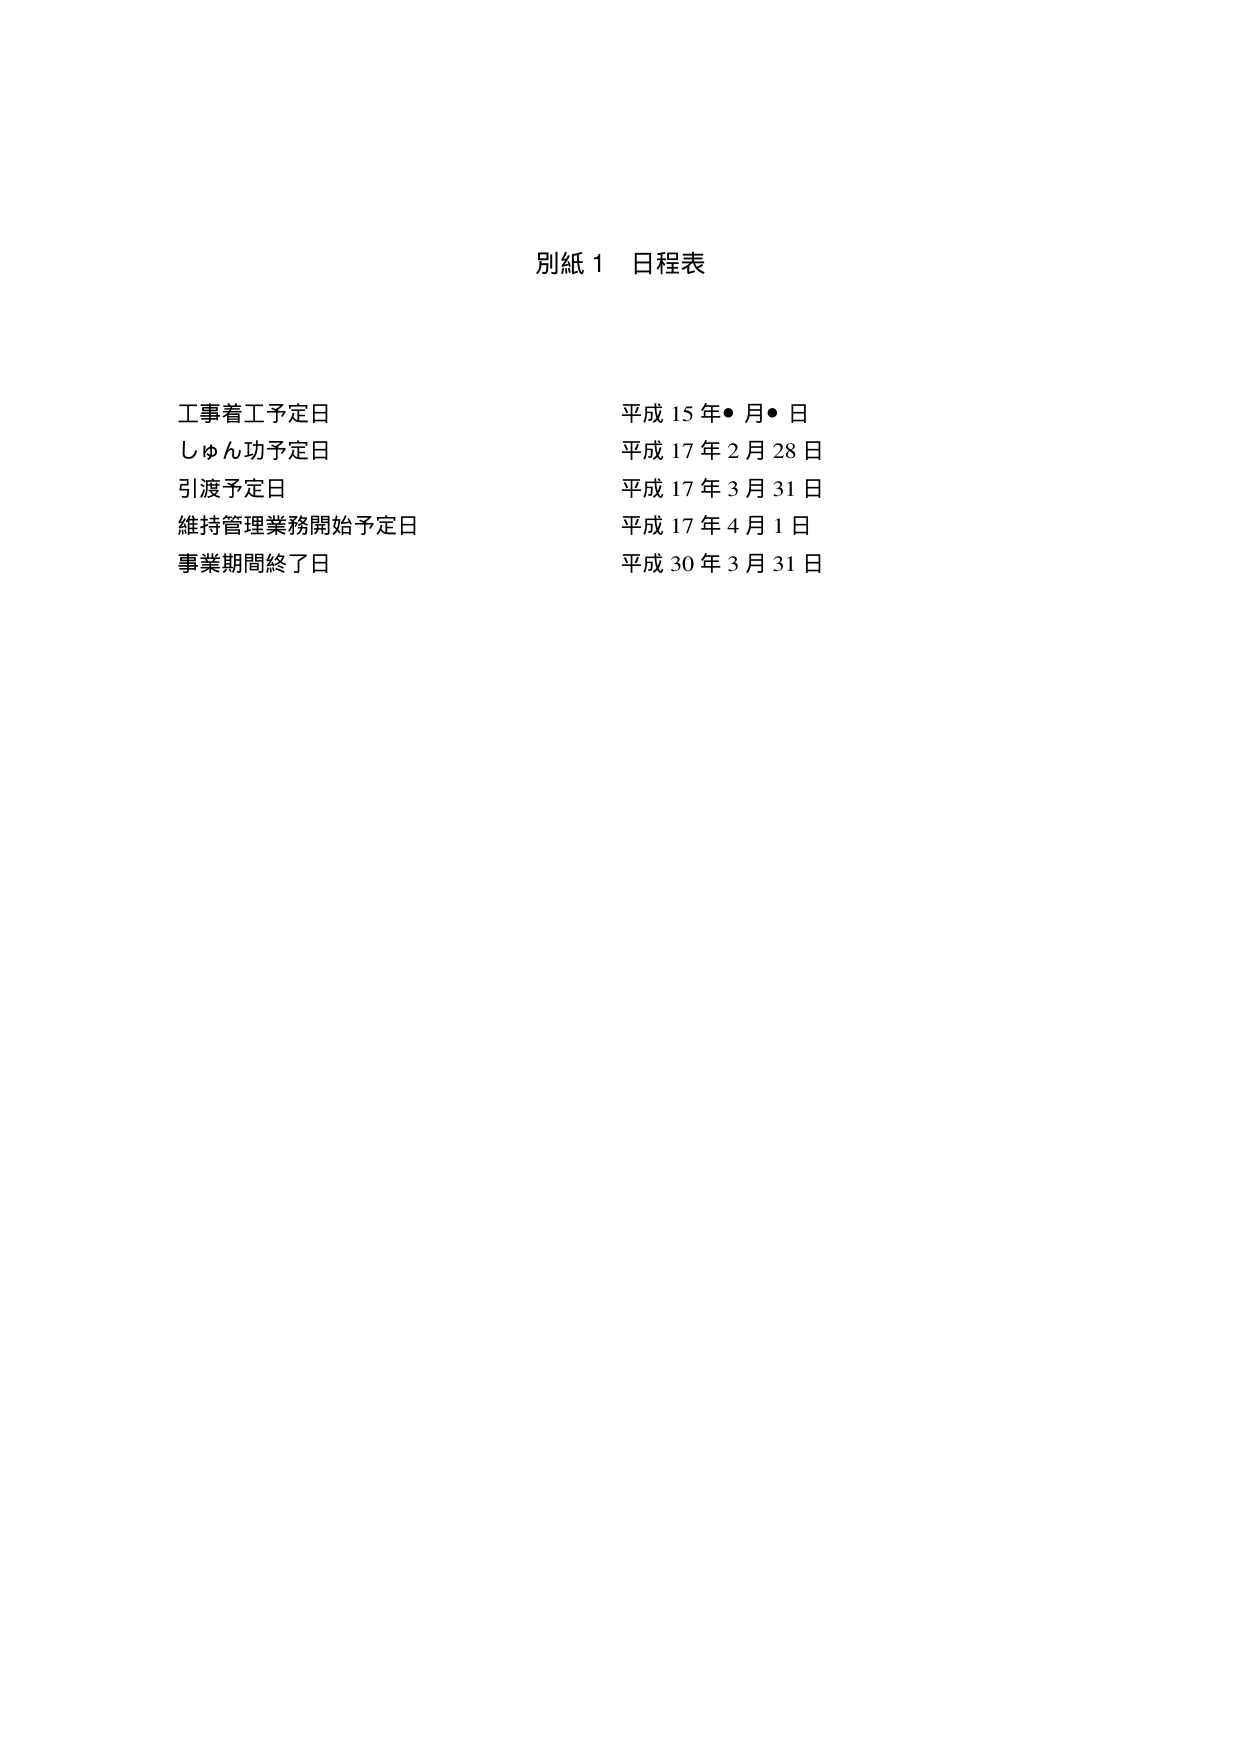
別紙 1 日程表

工事着工予定日　　　　　　　平成 15 年●月●日
しゅん功予定日　　　　　　　平成 17 年 2 月 28 日
引渡予定日　　　　　　　　　平成 17 年 3 月 31 日
維持管理業務開始予定日　　　平成 17 年 4 月 1 日
事業期間終了日　　　　　　　平成 30 年 3 月 31 日